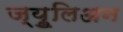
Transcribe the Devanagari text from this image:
ज्युूलिअन